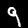
Digit: 9